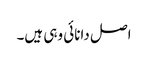
اصل دانائی وہی ہیں۔